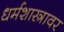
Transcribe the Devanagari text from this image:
धर्मशास्त्रावर